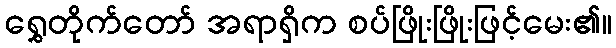
ရွှေတိုက်တော် အရာရှိက စပ်ဖြိုးဖြိုးဖြင့်မေး၏။